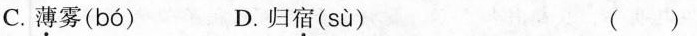
C.薄雾( bó ) D.归宿( sù ) ( )